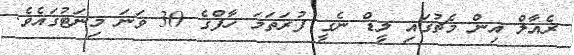
ރެއާލް އިން މެޗުގައި ލީޑް ނެގީ ފުރަތަމަ ހާފްގެ 30 ވަނަ މިނަޓުގައެވެ.